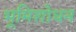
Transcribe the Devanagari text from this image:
भूमिशोधन